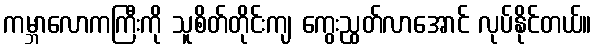
ကမ္ဘာလောကကြီးကို သူစိတ်တိုင်းကျ ကွေးညွတ်လာအောင် လုပ်နိုင်တယ်။